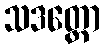
သဒတ္ထော